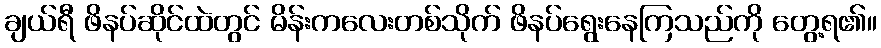
ချယ်ရီ ဖိနပ်ဆိုင်ထဲတွင် မိန်းကလေးတစ်သိုက် ဖိနပ်ရွေးနေကြသည်ကို တွေ့ရ၏။